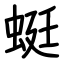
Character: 蜓